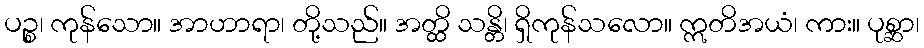
ပဉ္စ၊ ကုန်သော။ အာဟာရာ၊ တို့သည်။ အတ္ထိ သန္တိ၊ ရှိကုန်သလော။ ဣတိအယံ၊ ကား။ ပုစ္ဆာ၊